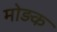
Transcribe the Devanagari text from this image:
मोड़क